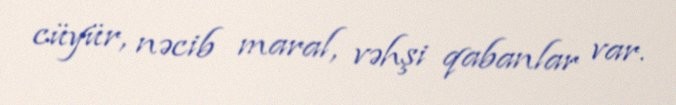
cüyür, nəcib maral, vəhşi qabanlar var.